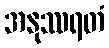
အနုဿရတံ